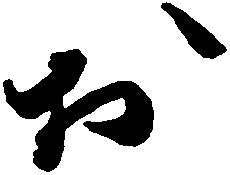
於